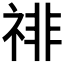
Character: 𰨅